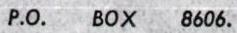
P.O. BOX 8606.